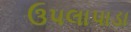
ઉપલાપાડા